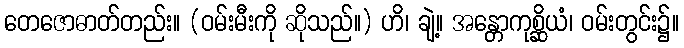
တေဇောဓာတ်တည်း။ (ဝမ်းမီးကို ဆိုသည်။) ဟိ၊ ချဲ့။ အန္တောကုစ္ဆိယံ၊ ဝမ်းတွင်း၌။